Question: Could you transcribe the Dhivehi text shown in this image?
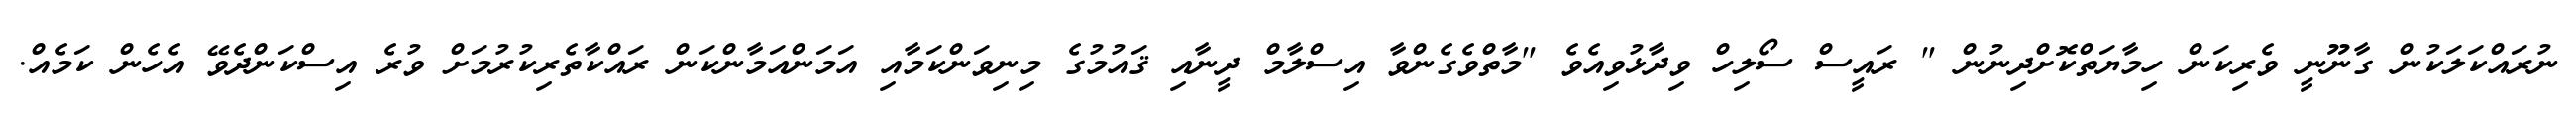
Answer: ނުރައްކަލަކުން ގާނޫނީ ވެރިކަން ހިމާޔަތްކޮށްދިނުން " ރައީސް ސޯލިހް ވިދާޅުވިއެވެ "މާތްވެގެންވާ އިސްލާމް ދީނާއި ޤައުމުގެ މިނިވަންކަމާއި އަމަންއަމާންކަން ރައްކާތެރިކުރުމަށް ވުރެ އިސްކަންދެވޭ އެހެން ކަމެއް.